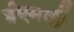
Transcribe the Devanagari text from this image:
ईएमवी